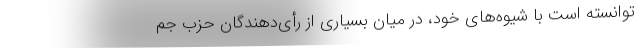
توانسته است با شیوه‌های خود، در میان بسیاری از رأی‌دهندگان حزب جم